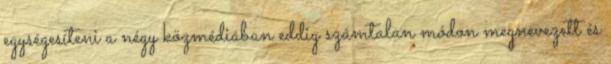
egységesíteni a négy közmédiában eddig számtalan módon megnevezett és